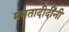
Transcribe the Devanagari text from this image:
ममतादीदींनी